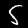
Label: 5